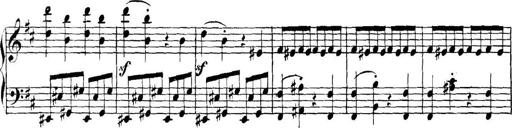
Title: Collected Piano Sonatas
Composer: Muzio Clementi